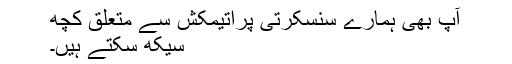
آپ بھی ہمارے سنسکرتی پراتیمکش سے متعلق کچھ
سیکھ سکتے ہیں۔